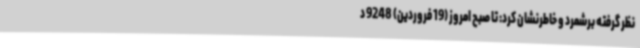
نظر گرفته برشمرد و خاطرنشان کرد: تا صبح امروز (19 فروردین) 9248 د